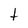
Character: t